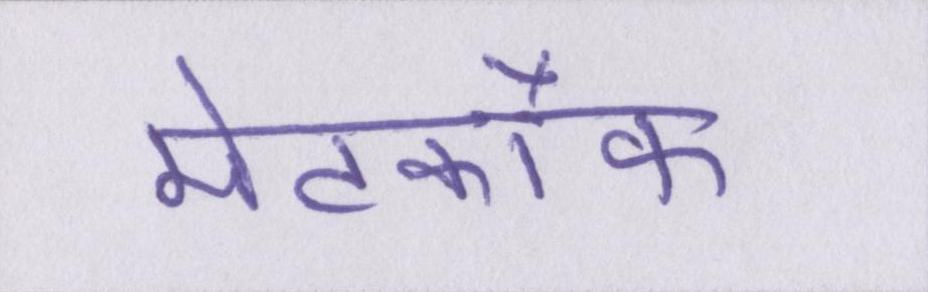
मेटकॉफ